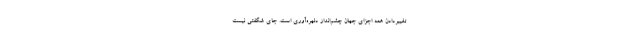
تغییردادن همهٔ اجزای جهان چشم‌انداز دلهره‌آوری است. جای شگفتی نیست